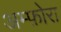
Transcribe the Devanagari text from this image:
अम्फ़ोरा